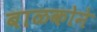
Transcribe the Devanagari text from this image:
बाळकोने